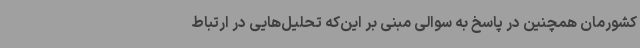
کشورمان همچنین در پاسخ به سوالی مبنی بر این‌که تحلیل‌هایی در ارتباط